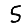
Digit: 5